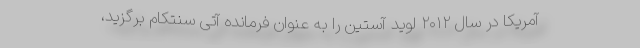
آمریکا در سال ۲۰۱۲ لوید آستین را به عنوان فرمانده آتی سنتکام برگزید،